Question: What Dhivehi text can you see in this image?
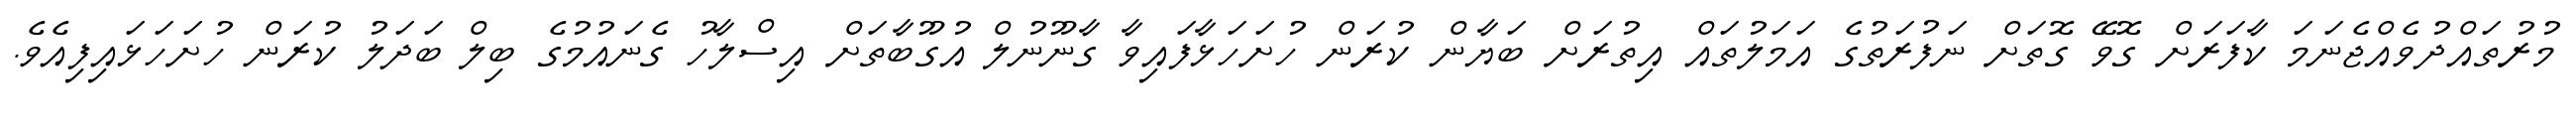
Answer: މުރުތައްދުވެއްޖެނަމަ ކާފަރަށް ގޮވޭ ގޮތަށް ނަފުރަތުގެ އަމަލުތައް އިތުރަށް ބަޔާން ކުރަން ހުށަހަޅާފައިވާ ގާނޫނުލް އުގޫބާތަށް އިސްލާހު ގެނައުމުގެ ބިލް ބަދަލު ކުރަން ހުށަހަޅައިފިއެވެ.